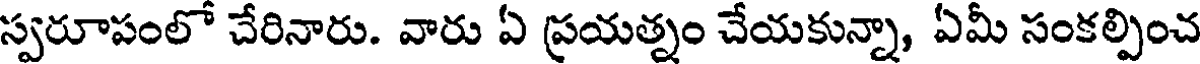
స్వరూపంలో చేరినారు. వారు ఏ ప్రయత్నం చేయకున్నా, ఏమీ సంకల్పించ